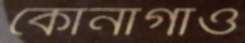
কোনাগাঁও